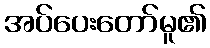
အပ်ပေးတော်မူ၏